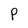
Character: P